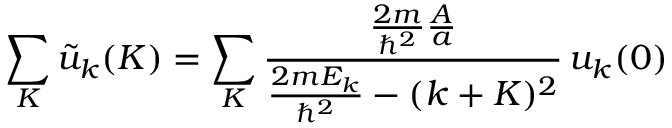
\sum _ { K } { \tilde { u } } _ { k } ( K ) = \sum _ { K } { \frac { { \frac { 2 m } { \hbar ^ { 2 } } } { \frac { A } { a } } } { { \frac { 2 m E _ { k } } { \hbar ^ { 2 } } } - ( k + K ) ^ { 2 } } } \, u _ { k } ( 0 )